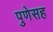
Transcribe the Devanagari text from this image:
पुणेसह